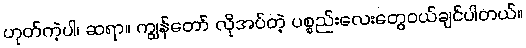
ဟုတ်ကဲ့ပါ၊ ဆရာ။ ကျွန်တော် လိုအပ်တဲ့ ပစ္စည်းလေးတွေဝယ်ချင်ပါတယ်။